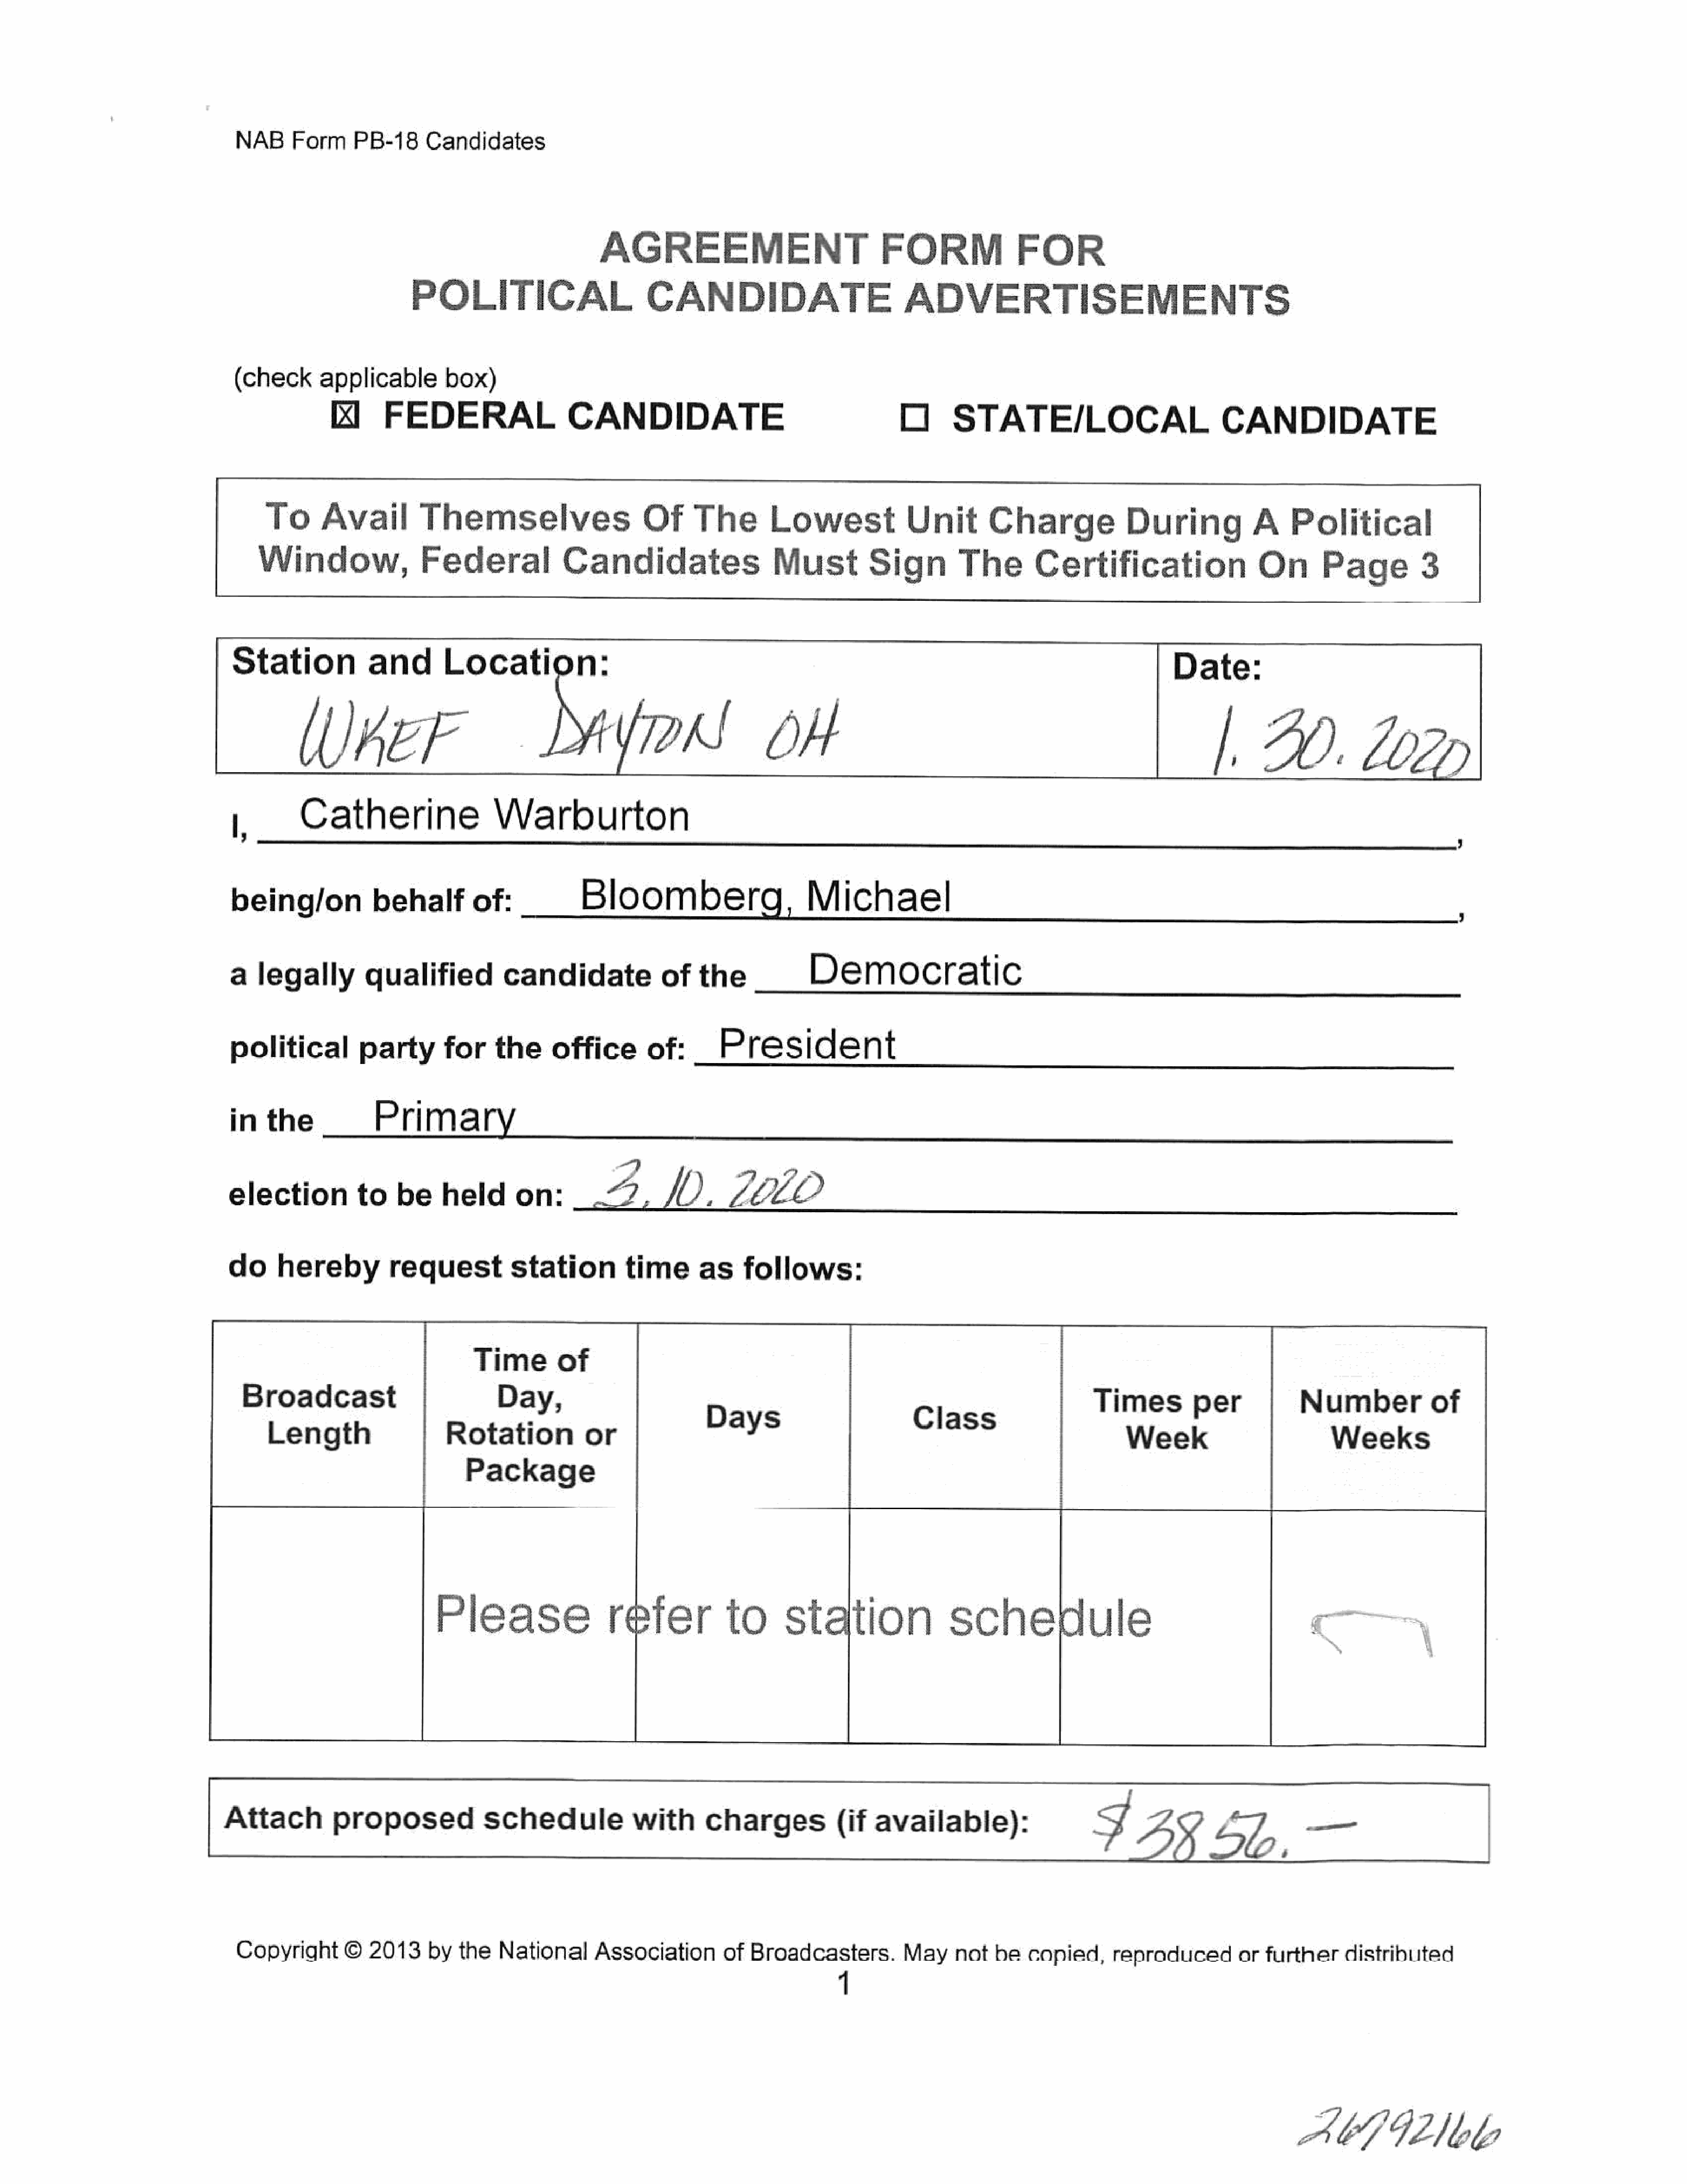
NABForm          PB-18     Candidates
 AGREEMENT                               FORM                FOR
 POLITICAL                        CANDIDATE                            ADVERTISEMENTS
 (check      applicable        box)
 kl      FEDERAL                   CANDIDATE                                       O      STATE/LOCAL                            CANDIDATE
 To      Avail         Themselves                      Of     The        Lowest              Unit       Charge              During            A     Political
 Window,Federal                              Candidates                    Must         Sign         The        Certification                   On       Page          3
 HI                  and        Location:
 Date:
 Wer                               Mion!                            dH
 |.     2.            Lo
 1,        Catherine                   Warburton
 ;
 being/on            behalf         of:__          Bloomberg,                       Michael                                                                                      ,
 a   legally        qualified           candidate              of   the             Democratic
 political         party        for    the     office        of:       President
 inthe                Prima
 a                49
 election          to    be    held       on:        2,        1),      “VO
 do     hereby          requeststation                    time      as    follows:
 Time        of
 Broadcast                           Day,
 Times          per            Number          of
 Length                    Rotation            or               Eas                           eles                          Week                         Weeks
 Package
 Please                  refer            to      station                 schedule
 Attach          proposed             schedule             with       charges(if              available):                    I4g              4b            Eee
 Copyright      ©   2013    by   the   National     Association       of  Broadcasters.         May     not  be   copied,     reproduced        or furtherdistributed
 ACGIANbb